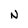
Character: N